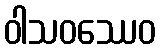
ဝါသဝဿေဝ